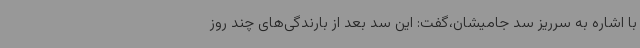
با اشاره به سرریز سد جامیشان،گفت: این سد بعد از بارندگی‌های چند روز